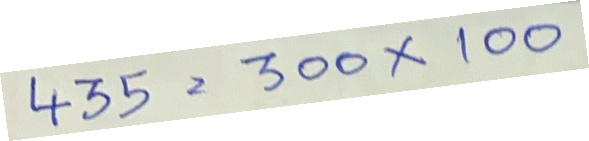
435 = 300x100